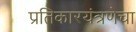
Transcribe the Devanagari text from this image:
प्रतिकारयंत्रणेचा